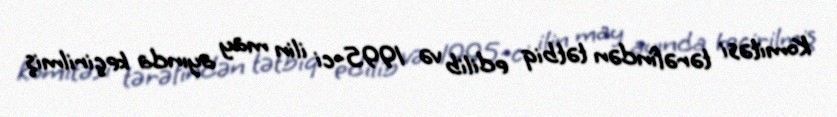
Komitəsi tərəfindən tətbiq edilib və 1995-ci ilin may ayında keçirilmiş